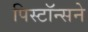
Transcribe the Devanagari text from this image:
पिस्टॉन्सने